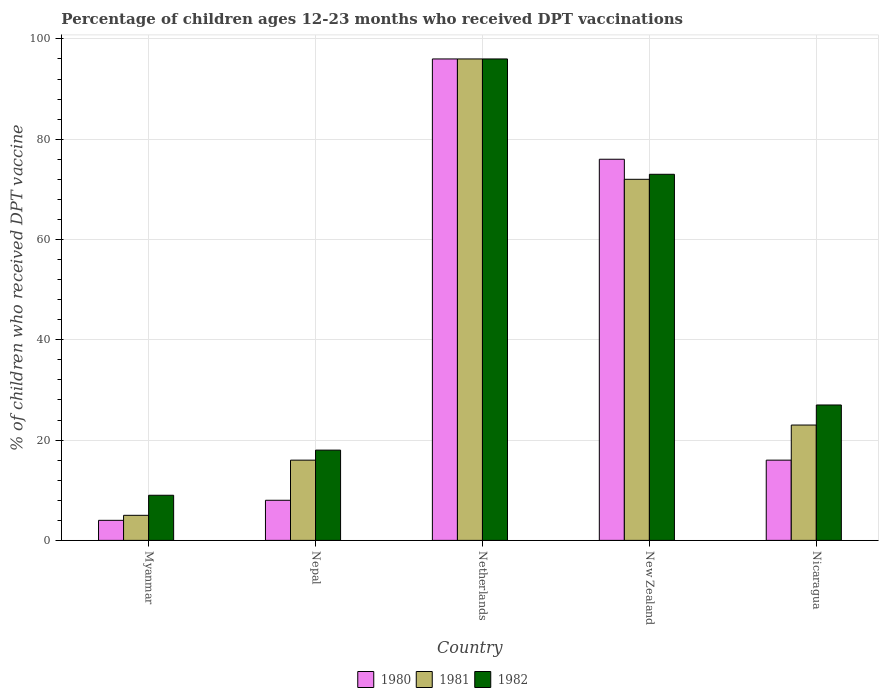
| Country | 1980 | 1981 | 1982 |
 | --- | --- | --- | --- |
 | Myanmar | 4 | 5 | 9 |
 | Nepal | 8 | 16 | 18 |
 | Netherlands | 96 | 96 | 96 |
 | New Zealand | 76 | 72 | 73 |
 | Nicaragua | 16 | 23 | 27 |